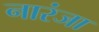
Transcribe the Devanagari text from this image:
नारंजा